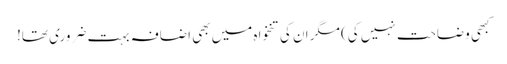
کبھی وضاحت نہیں کی) مگر ان کی تنخواہ میں بھی اضافہ بہت ضروری تھا!